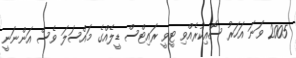
2005 ވަނަ އަހަރު ސޮއިކުރެއްވި ޓީވީ ރައިޓްސް ޑީލެއްގެ މައްސަލަ ވެސް އަންނަނީ